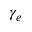
\gamma _ { e }